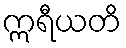
ဣရီယတိ